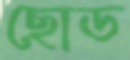
ছোড